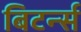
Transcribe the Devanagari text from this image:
बिटर्न्‍स